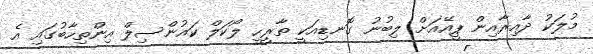
މުލަކު ދާއިރާއިން ޕީއޭއަށް ލިބުނު ގޮނޑިއަކީ ތާރީހީ ލޯކަލް ކައުންސިލް އިންތިހާބުގައި އެ